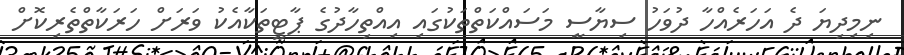
ނިމިދިޔަ ދެ އަހަރެއްހާ ދުވަހު ސިޔާސީ މަސައްކަތްތަކުގައި އިއްތިހާދުގެ ޕާޓީތަކާއެކު ވަރަށް ހަރަކާތްތެރިކޮށް